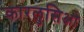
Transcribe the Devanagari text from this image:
कारलुसिओ